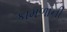
કામળાની